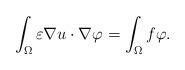
LaTeX: \begin{align*}\int_\Omega \varepsilon \nabla u \cdot \nabla \varphi = \int_\Omega f \varphi.\end{align*}